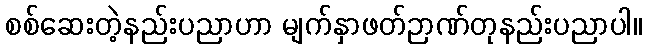
စစ်ဆေးတဲ့နည်းပညာဟာ မျက်နှာဖတ်ဉာဏ်တုနည်းပညာပါ။